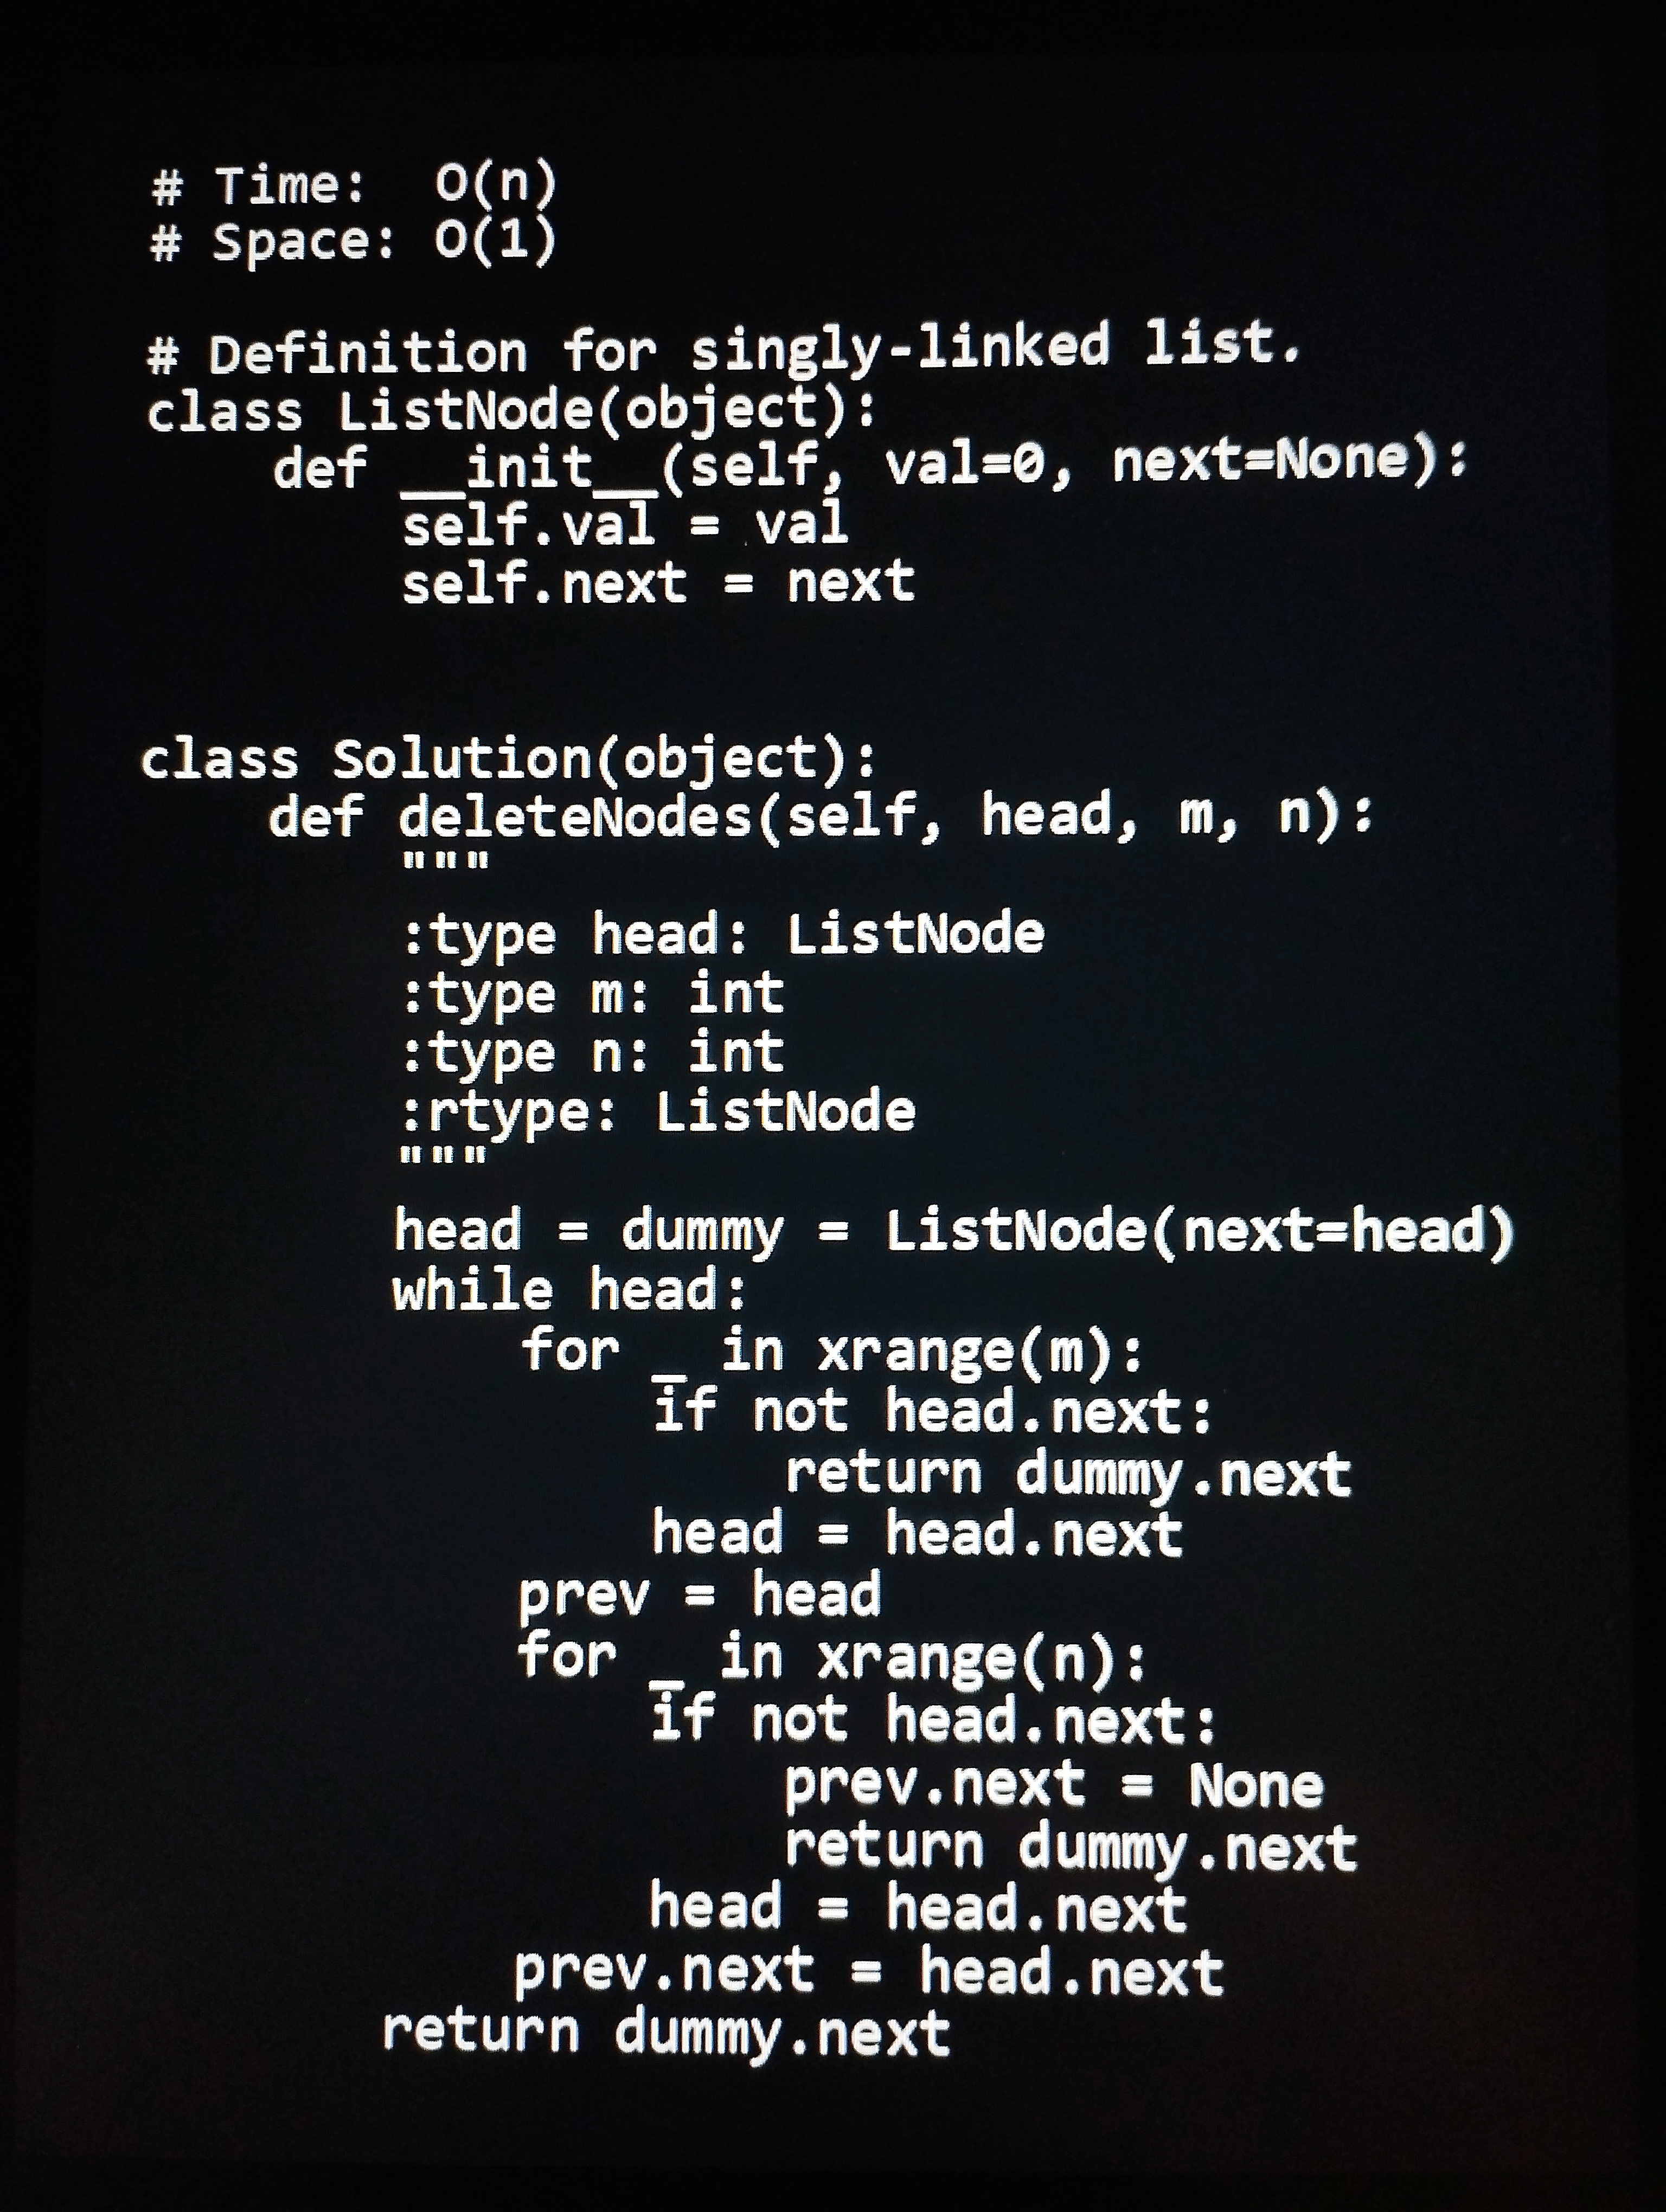
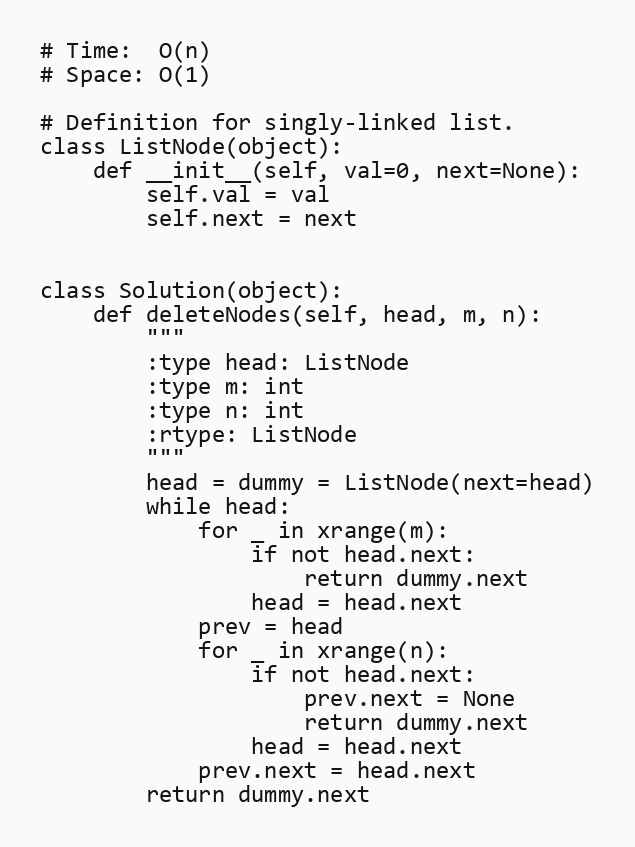
# Time:  O(n)
# Space: O(1)

# Definition for singly-linked list.
class ListNode(object):
    def __init__(self, val=0, next=None):
        self.val = val
        self.next = next

class Solution(object):
    def deleteNodes(self, head, m, n):
        """
        :type head: ListNode
        :type m: int
        :type n: int
        :rtype: ListNode
        """
        head = dummy = ListNode(next=head)
        while head:
            for _ in xrange(m):
                if not head.next:
                    return dummy.next
                head = head.next
            prev = head
            for _ in xrange(n):
                if not head.next:
                    prev.next = None
                    return dummy.next
                head = head.next
            prev.next = head.next
        return dummy.next